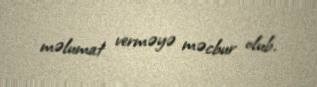
məlumat verməyə məcbur olub.